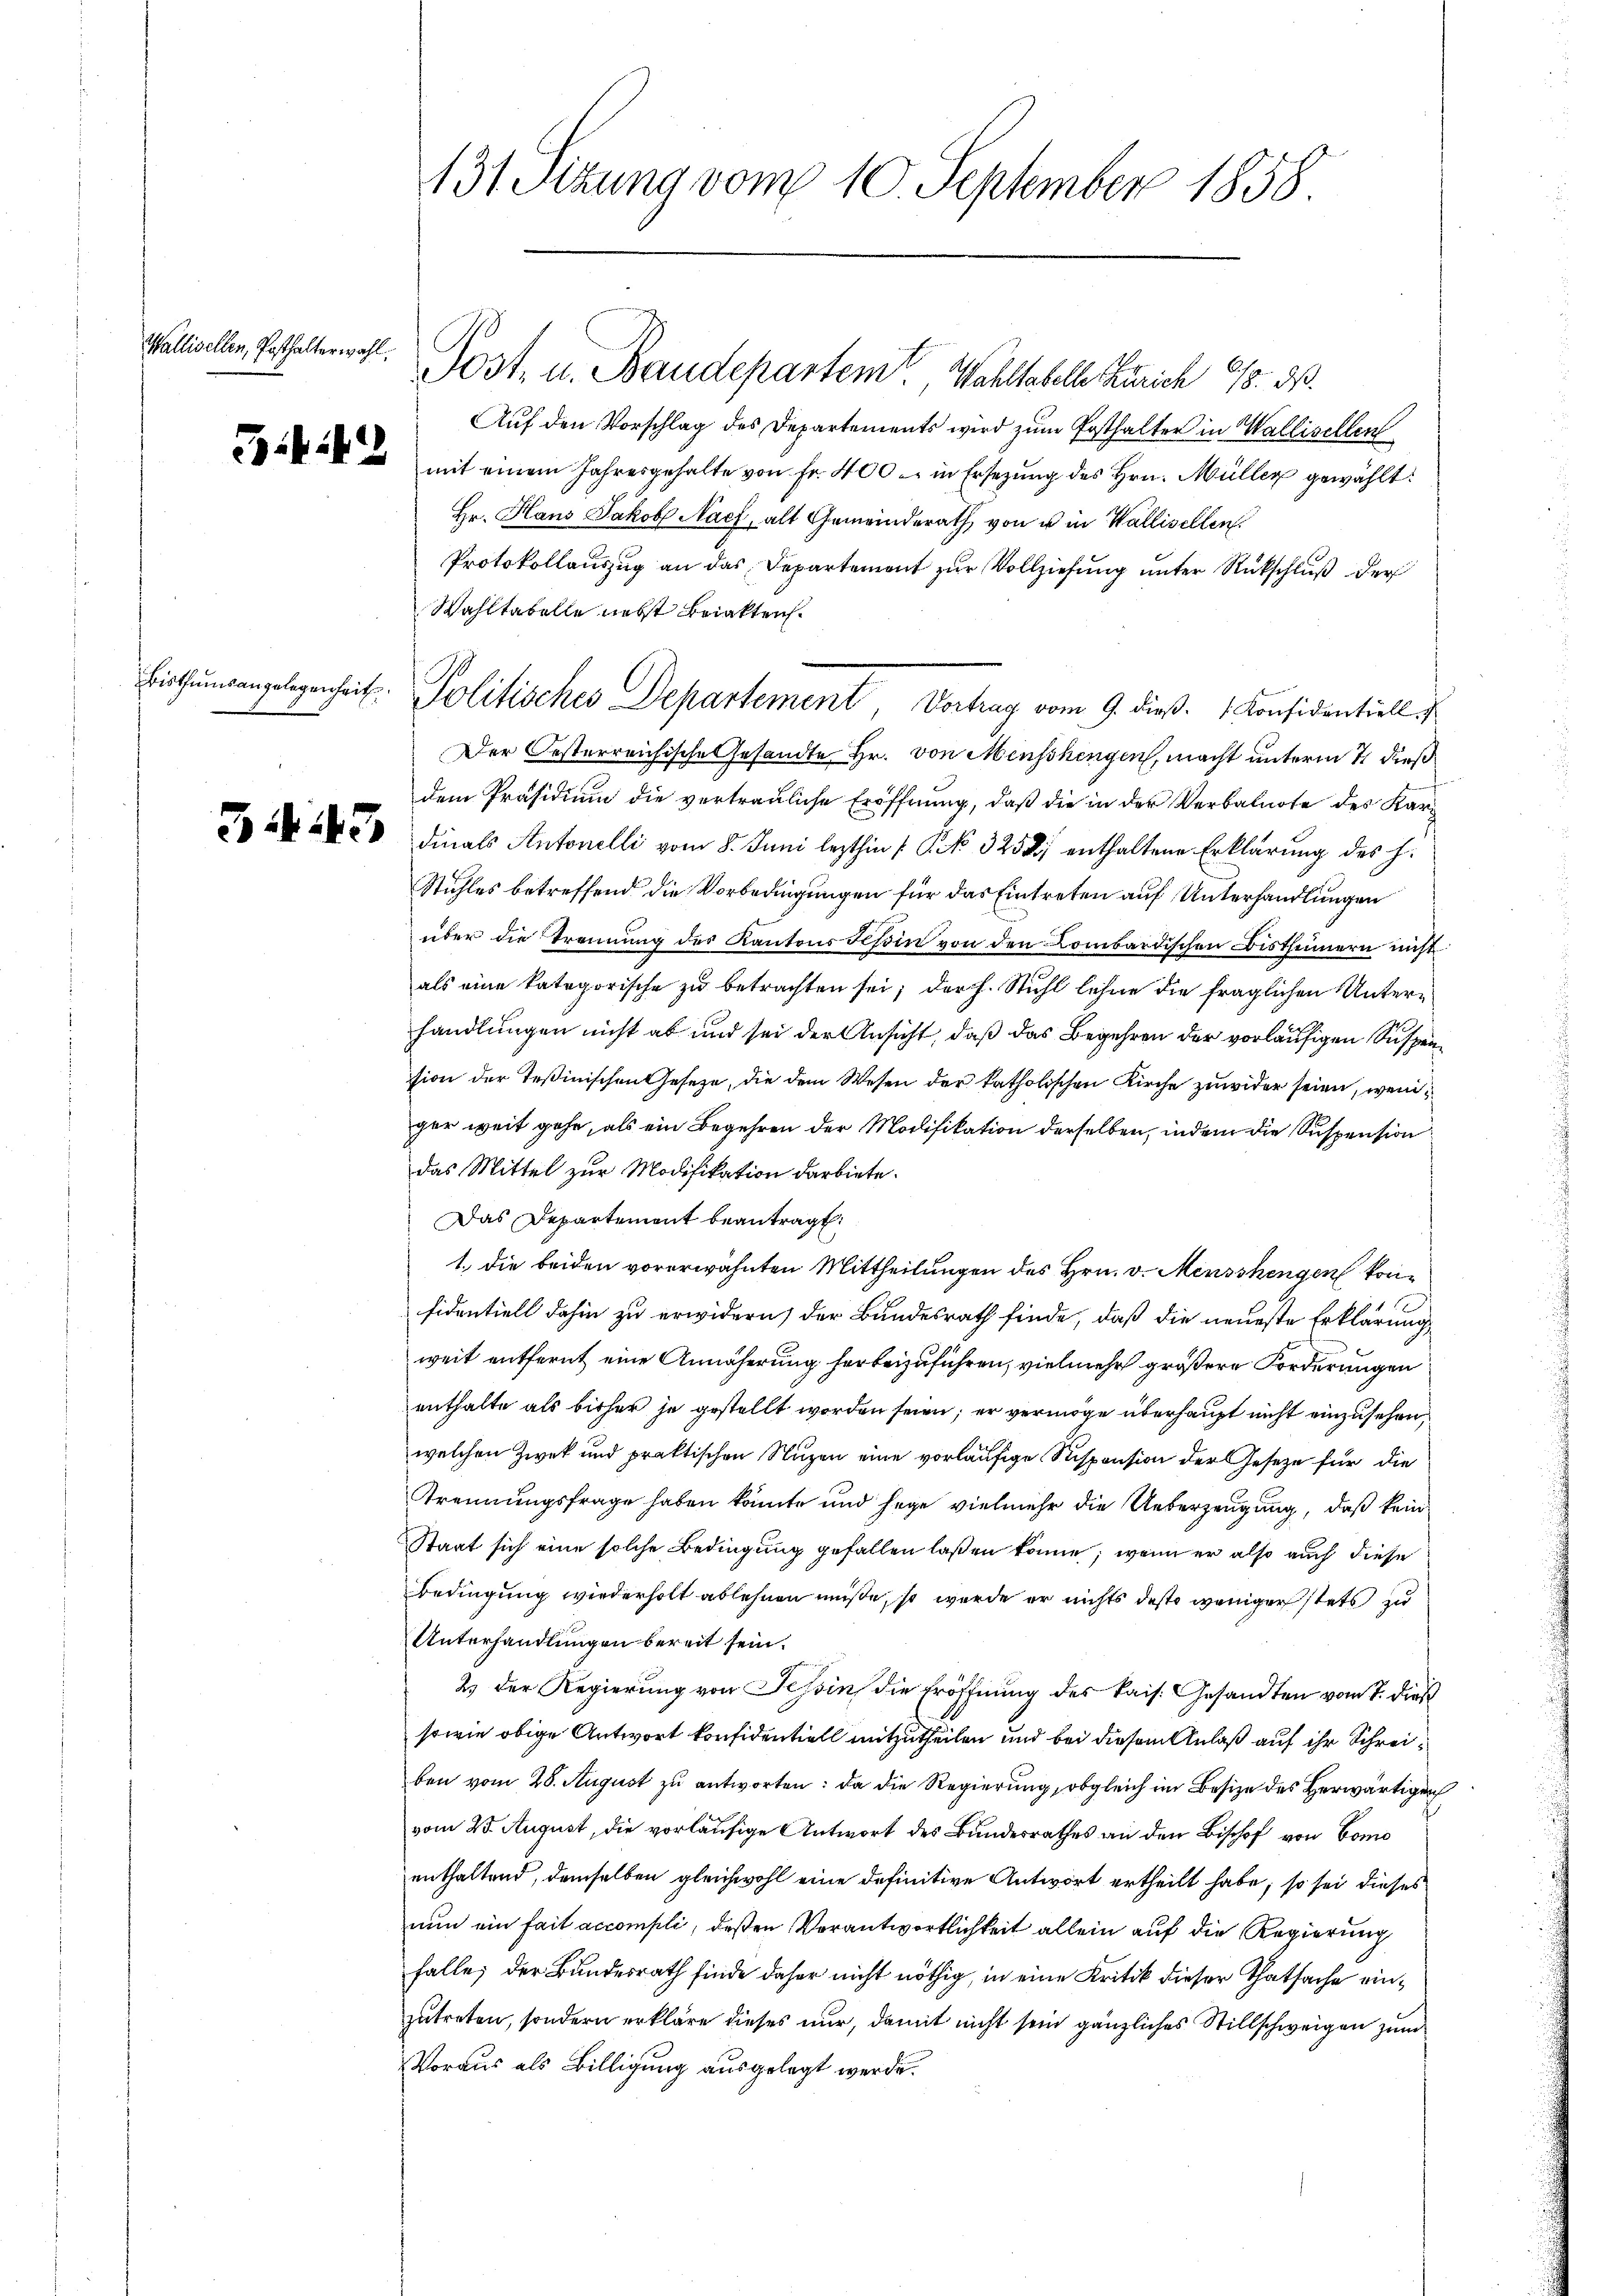
Wallisellen, Posthalterwahl.

131. Sitzung vom 10. September 1858.

Post- u. Baudepartemit Wahltabelle Zürich 18. d.
Auf den Vorschlag des Departements wird zum Posthalter in Wallisellen
  mit einem Jahresgehalte von Fr. 400 - in Ersezung des Hrn. Müller gewählt:
Hr. Hans Jakob Nach, alt Gemeinderath, von u in Wallisellen.
Protokollauszug an das Departement zur Vollziehung unter Rückschluß der
Wahltabelle nebst Briakten.
Der Oesterreichische Gesandte Hr. von Menschengen, macht unterm 7. dieß
dem Präsidium die vertrauliche Eröffnung, daß die in der Verbalnote des Kardinals Antonelli vom 8. Juni lezthin 1 NNo. 3252 enthaltene Erklärung des H.
Stuhles betreffend die Vorbedingungen für das Eintreten auf Unterhandlungen
über die Trennung des Kantons Tessin von den Kombardischen Bisthümern nicht
als eine kategorische zu betrachten sei; der h. Stuhl lehne die fraglichen Unterhandlungen nicht ab und sei der Ansicht, daß das Begehren der vorläufigen Suspension der Teßinischen Geseze, die dem Wesen der katholischen Kirche zuwider seien, weniger weit gehe, als ein Begehren der Modifikation derselben, indem die Suspension
das Mittel zur Modifikation darbiete.
Das Departement beantragt:
1. die beiden vorerwähnten Mittheilungen des Hrn. v. Menschengen konfidentiell dahin zu erwidern) der Bundesrath finde, daß die neueste Erklärung
weit entfernt eine Annäherung herbeizuführen, vielmehr größere Forderungen
enthalte als bisher je gestellt worden seien; er vermöge überhaupt nicht einzusehen,
welchen Zwek und praktischen Nuzen eine vorläufige Suspension der Geseze für die
Trennungsfrage haben könnte und sage vielmehr die Ueberzeugung, daß kein
Staat sich eine solche Bedingung gefallen laßen könne; wenn er also auch diese
Bedingung wiederholt ablehnen müße, so wurde er nichts desto weniger stets zu
Unterhandlungen bereit sein.
2) der Regierung von Tessin die Eröffnung des kais. Gesandten vom 7. dieß
sowie obige Antwort konfidentiell mitzutheilen und bei diesem Anlaß auf ihr Schreiben vom 28. August zu antworten: da die Regierung, obgleich im Besize des Herwärtigen
vom 25. August, die vorläufige Antwort des Bundesrathes an den Bischof von Como
enthaltend, demselben gleichwohl eine definitive Antwort ertheilt habe, so sei dieses
nun ein fait accompli, deßen Verantwortlichkeit allein auf die Regierung
falle; der Bundesrath finde daher nicht nöthig, in eine Kritik dieser Thatsache einzutreten, sondern erkläre dieses nur, damit nicht sein gänzliches Stillschweigen zum
Voraus als Billigung ausgelegt werde.

Bisthumsangelegenheit. Politisches Departement Vortrag vom 9. dieß. Konsidentiell